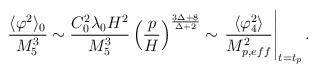
\begin{align*}\frac{ \langle \varphi^2 \rangle_0}{M_5^3} \sim \frac{C_0^2 \lambda_0 H^2}{M_5^3}\left( \frac{p}{H} \right)^{\frac{3 \Delta+8}{\Delta+2}}\sim \left. \frac{\langle \varphi_4^2 \rangle}{M_{p,eff}^2} \right \vert_{t=t_p} .\end{align*}